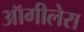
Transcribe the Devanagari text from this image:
ऑगीलेरा